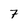
Character: 7